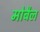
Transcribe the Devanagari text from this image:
मोबैल